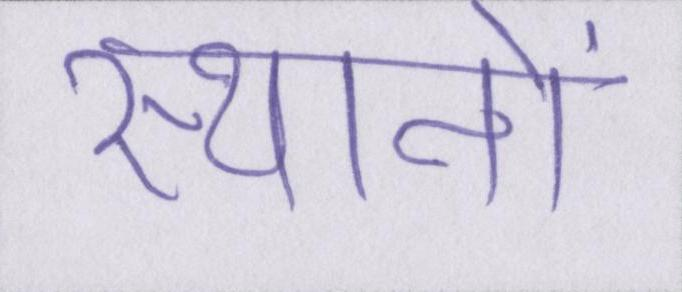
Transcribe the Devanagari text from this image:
स्थानों